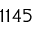
1 1 4 5